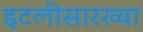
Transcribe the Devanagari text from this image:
इटलीसारख्या